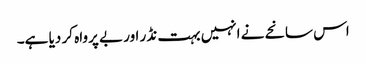
اس سانحے نے انہیں بہت نڈر اور بے پرواہ کر دیا ہے۔